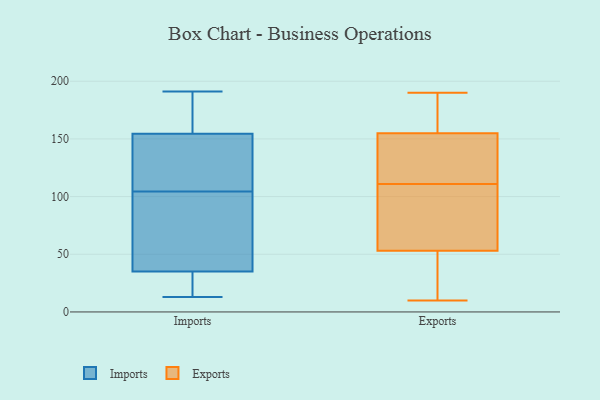
{"axis": {"x": "Energy Usage (MWh)", "y": "Value"}, "legend": ["Exports", "Imports"], "data": [{"x": "", "y": 160, "type": "Imports"}, {"x": "", "y": 129, "type": "Imports"}, {"x": "", "y": 106, "type": "Imports"}, {"x": "", "y": 42, "type": "Imports"}, {"x": "", "y": 69, "type": "Imports"}, {"x": "", "y": 170, "type": "Imports"}, {"x": "", "y": 43, "type": "Imports"}, {"x": "", "y": 15, "type": "Imports"}, {"x": "", "y": 113, "type": "Imports"}, {"x": "", "y": 149, "type": "Imports"}, {"x": "", "y": 13, "type": "Imports"}, {"x": "", "y": 103, "type": "Imports"}, {"x": "", "y": 28, "type": "Imports"}, {"x": "", "y": 18, "type": "Imports"}, {"x": "", "y": 169, "type": "Imports"}, {"x": "", "y": 191, "type": "Imports"}, {"x": "", "y": 117, "type": "Imports"}, {"x": "", "y": 48, "type": "Imports"}, {"x": "", "y": 22, "type": "Imports"}, {"x": "", "y": 161, "type": "Imports"}, {"x": "", "y": 107, "type": "Exports"}, {"x": "", "y": 45, "type": "Exports"}, {"x": "", "y": 120, "type": "Exports"}, {"x": "", "y": 69, "type": "Exports"}, {"x": "", "y": 157, "type": "Exports"}, {"x": "", "y": 23, "type": "Exports"}, {"x": "", "y": 155, "type": "Exports"}, {"x": "", "y": 53, "type": "Exports"}, {"x": "", "y": 190, "type": "Exports"}, {"x": "", "y": 10, "type": "Exports"}, {"x": "", "y": 35, "type": "Exports"}, {"x": "", "y": 126, "type": "Exports"}, {"x": "", "y": 164, "type": "Exports"}, {"x": "", "y": 185, "type": "Exports"}, {"x": "", "y": 118, "type": "Exports"}, {"x": "", "y": 112, "type": "Exports"}, {"x": "", "y": 110, "type": "Exports"}, {"x": "", "y": 70, "type": "Exports"}]}